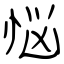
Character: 悩